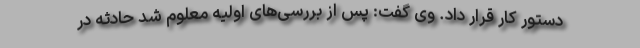
دستور کار قرار داد. وی گفت: پس از بررسی‌های اولیه معلوم شد حادثه در